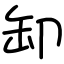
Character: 缷